Report on plague in the Punjab from October 1st ... to September 30th ..., being the ... season of plague in the province
Disease focus: Plague
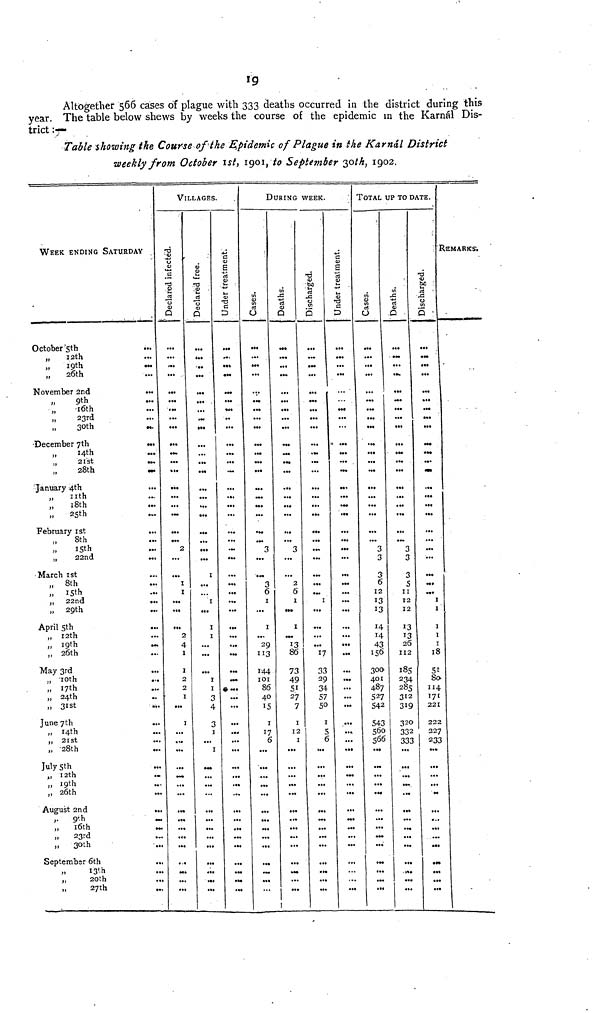
19
Altogether 566 cases of plague with 333 deaths occurred in the district during this
year. The table below shews by weeks the course of the epidemic in the Karnál Dis-
trict :-
Table showing the Course of the Epidemic of Plague in the Karnál District
weekly from October 1st, 1901, to September 30th, 1902.
WEEK ENDING SATURDAY
October 5th
„
12th
„
19th
...
,, 26th
November 2nd
9th
16th
23rd
„
30th
December 7th
•••
14th
21st
...
28th
January 4th
11th 18th
25th
February
1st
..
8th
15th
22nd
...
March 1st
8th
„ 15th
„
22nd
..
„ 29th
April 5th
„ 12th
,.
19th
„ 26th
May 3rd
„ 10th
,, 17th
„ 24th
„ 31st
June 7th
„ 14th
„ 21st
„ 28th
July 5th
,, 12th
„ 19th
„ 26th
August 2nd
.
,,
9th
,,
16th
.
23rd
,, 30th
September 6th
13th
,,
20th
27th
VILLAGES.
Declared infected.
2
> •••
1
1
. •••
•••
. ..1
-
•* ...
Declared free.
1
I
I
2
I
V
I ...
I
2
ï
2
I
I
¿
I
Under treatment.
..
...
»••
...
...
...
«»•
•u
...
»...
5
1-
3
1
DURING WEEK.
Cases.
3
...
6
1
1
••.
29
113
144
IOI
86
40
1
17
6
Deaths.
3
2
6
I
I
86
73
4S
51
2;
]
I
Discharged.
•
1
...
...
17
33
2Ç
3-5
>
5C
2
t
Under treatment.
...
...
•••
,,,
...
...
(.
'
...
)
...
...
5
TOTAL UP TO DATE.
Cases.
3
3
3
6
12
13
13
M
M
¿3
300
401
48>
54Î
54:
->6(
Deaths.
3
3
3
11
12
12
I
I
2
112
l85
23
28
'
3 1
2 31
? 32
5
32
3
3C
Discharged.
•••
••«
• M
5
1
1
3
3
3
i
6
1
18
51
4
8c
S 1I¿
2 17
9 22
0 22
2 22
3 23
REMARKS.
>
t
1
2
7
3
»
•